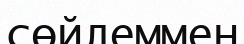
сөйлеммен